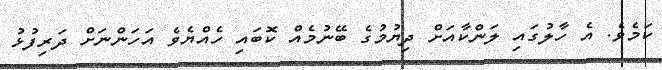
ކަމެވެ. އެ ހާލުގައި ލަންކާއަށް ދިޔުމުގެ ބޭނުމެއް ކޮބައި ހެއްޔެވެ އަހަންނަށް ދަރިފުޅު